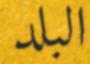
البلد